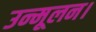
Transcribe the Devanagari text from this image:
उन्मूलन।